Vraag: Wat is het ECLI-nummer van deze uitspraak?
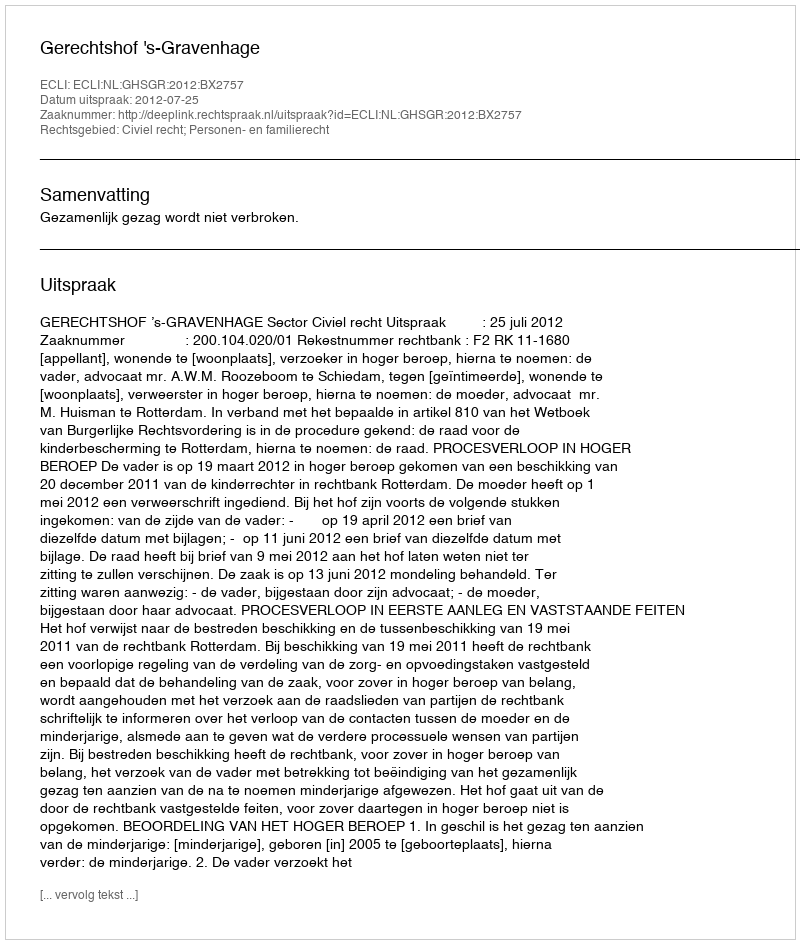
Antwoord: ECLI:NL:GHSGR:2012:BX2757